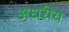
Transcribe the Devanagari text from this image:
अधरीय